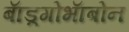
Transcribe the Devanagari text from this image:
बाॅड़्गोभाॅबोन